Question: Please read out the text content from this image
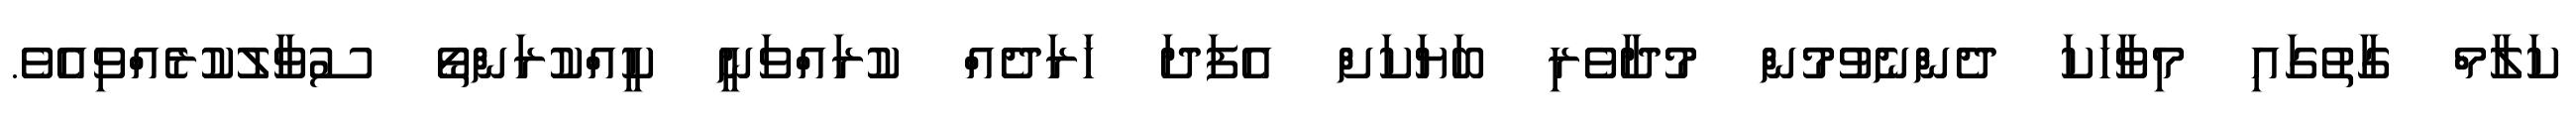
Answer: ކަލާމް ގާތުގައި މިވާހަކަ ދެންނެވުމުން މުދާވެރި ބަޔަކަށް އެފަދަ ޚަރަދެއް ކުރައްވަނީ ކީއްކުރަންތޯ ސުވާލުކުރެއްވިއެވެ.